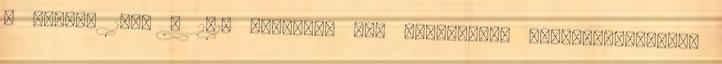
, vagyis 1080 x 2016 pixeles, sok memóriával gazdálkodhatnak,